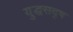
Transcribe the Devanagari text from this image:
युद्धसदृष